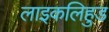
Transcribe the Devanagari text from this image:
लाइकलिहुड